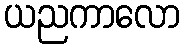
ယညကာလော